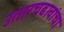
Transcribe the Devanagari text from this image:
उतारचढावांचा